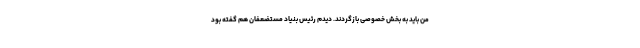
من باید به بخش خصوصی بازگردند. دیدم رئیس بنیاد مستضعفان هم گفته بود